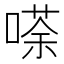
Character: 𠻬